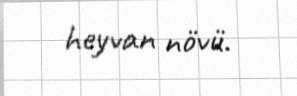
heyvan növü.